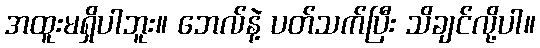
အထူးမရှိပါဘူး။ ဘေလ်နဲ့ ပတ်သက်ပြီး သိချင်လို့ပါ။